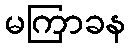
မကြာခန